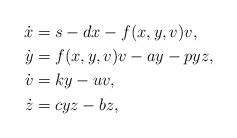
LaTeX: \begin{align*}\dot{x} &= s-dx-f(x,y,v)v, \\\dot{y} &= f(x,y,v)v-ay-pyz,\\\dot{v} &= ky-uv, \\\dot{z} &= cyz-bz,\end{align*}